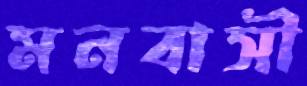
মনবাসী